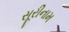
સૂરીનામ